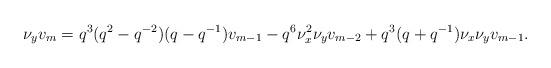
LaTeX: \begin{align*}\nu_y v_m = q^3(q^2-q^{-2})(q-q^{-1})v_{m-1} - q^6 \nu_x^{2}\nu_y v_{m-2}+q^3(q+q^{-1})\nu_x \nu_y v_{m-1}.\end{align*}